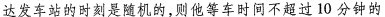
达发车站的时刻是随机的，则他等车时间不超过10分钟的